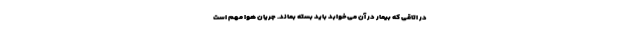
درِ اتاقی که بیمار در آن می‌خوابد باید بسته بماند. جریان هوا مهم است